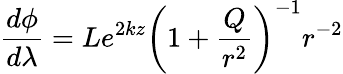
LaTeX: \frac{d\phi}{d\lambda}=Le^{2kz}{\left(1+\frac{Q}{r^{2}}\right)}^{-1}r^{-2}